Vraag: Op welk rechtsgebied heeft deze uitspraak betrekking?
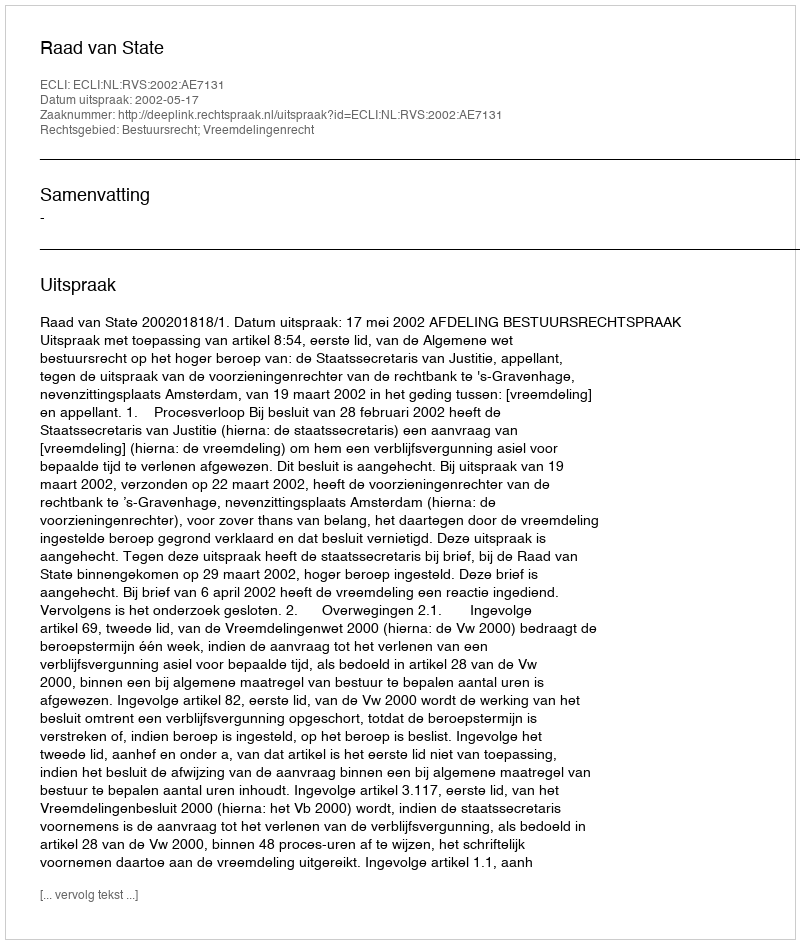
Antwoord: Bestuursrecht; Vreemdelingenrecht